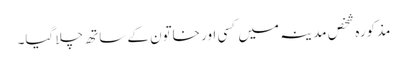
مذکورہ شخص مدینہ میں کسی اور خاتون کے ساتھ چلا گیا۔